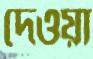
দেওয়া